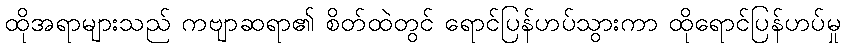
ထိုအရာများသည် ကဗျာဆရာ၏ စိတ်ထဲတွင် ရောင်ပြန်ဟပ်သွားကာ ထိုရောင်ပြန်ဟပ်မှု